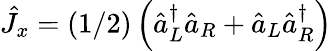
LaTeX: \hat{J}_{x}=(1/2)\left(\hat{a}_{L}^{\dagger}\hat{a}_{R}+\hat{a}_{L}\hat{a}_{R}^{\dagger}\right)